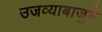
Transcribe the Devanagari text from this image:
उजव्याबाजुने